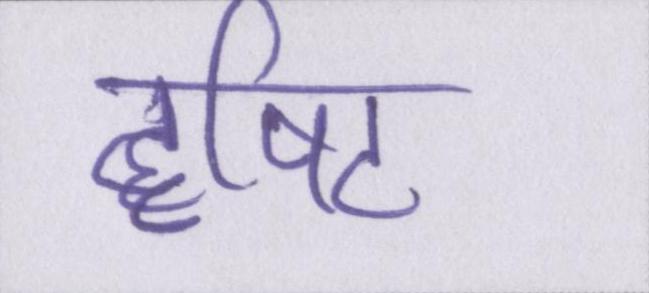
दृषिट